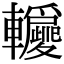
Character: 𨏵